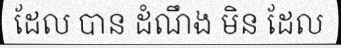
ដែល បាន ដំណឹង មិន ដែល